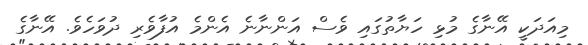
މިއަދަކީ އޭނާގެ މުޅި ހަޔާތުގައި ވެސް އަންނާނެ އެންމެ އުފާވެރި ދުވަހެވެ. އޭނާގެ